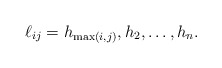
\begin{gather*} \ell_{ij} = h_{\max(i,j)}, h_2,\ldots,h_n . \end{gather*}